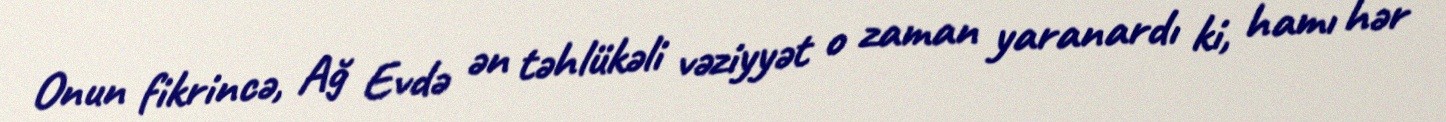
Onun fikrincə, Ağ Evdə ən təhlükəli vəziyyət o zaman yaranardı ki, hamı hər